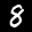
Label: 8